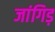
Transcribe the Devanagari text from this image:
जांगिड़